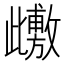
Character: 𭭺